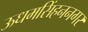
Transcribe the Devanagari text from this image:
ऊधमसिंहननगर